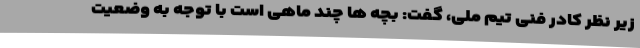
زیر نظر کادر فنی تیم ملی، گفت: بچه ها چند ماهی است با توجه به وضعیت